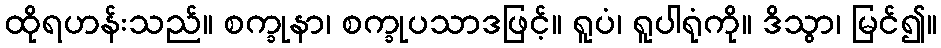
ထိုရဟန်းသည်။ စက္ခုနာ၊ စက္ခုပသာဒဖြင့်။ ရူပံ၊ ရူပါရုံကို။ ဒိသွာ၊ မြင်၍။